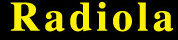
Radiola